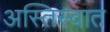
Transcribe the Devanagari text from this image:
अस्तिस्वात